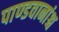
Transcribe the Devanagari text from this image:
पाण्डवानांश्च